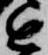
近